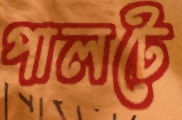
পালটে